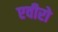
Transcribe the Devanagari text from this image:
एवीरो